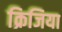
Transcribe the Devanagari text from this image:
क्रिजिया